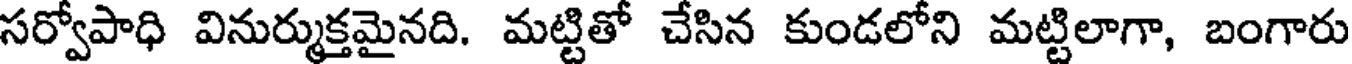
సర్వోపాధి వినుర్ముక్తమైనది. మట్టితో చేసిన కుండలోని మట్టిలాగా, బంగారు